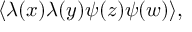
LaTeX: \langle \lambda ( x ) \lambda ( y ) \psi ( z ) \psi ( w ) \rangle ,